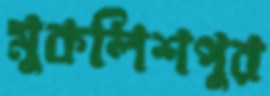
মুকলিশপুর